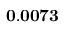
\mathbf { 0 . 0 0 7 3 }